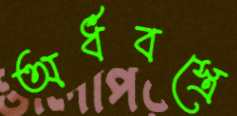
অর্ধবস্ত্রে